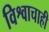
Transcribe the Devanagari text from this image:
विश्वाचाही